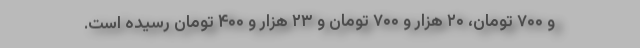
و ۷۰۰ تومان، ۲۰ هزار و ۷۰۰ تومان و ۲۳ هزار و ۴۰۰ تومان رسیده است.